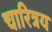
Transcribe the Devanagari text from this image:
चारित्रय